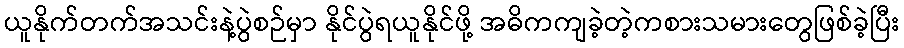
ယူနိုက်တက်အသင်းနဲ့ပွဲစဉ်မှာ နိုင်ပွဲရယူနိုင်ဖို့ အဓိကကျခဲ့တဲ့ကစားသမားတွေဖြစ်ခဲ့ပြီး